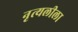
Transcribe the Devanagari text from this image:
नृत्यलीला